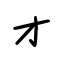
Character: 才